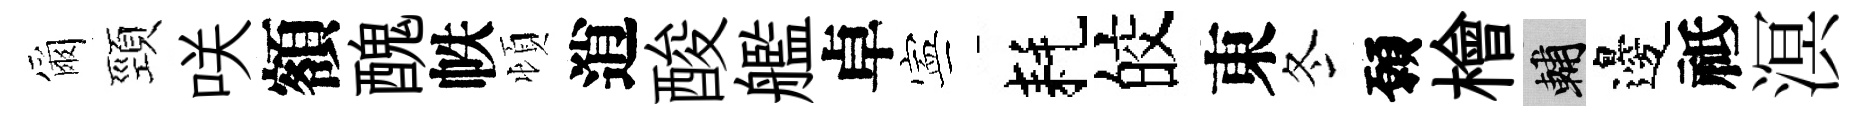
爾頸咲額醜帙頓逍酸艦卓寕耗皎東冬願檜輔邊祗溟